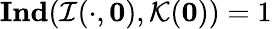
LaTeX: \textbf{Ind}(\mathcal{I}(\cdot,\mathbf{0}),\mathcal{K}(\mathbf{0}))=1